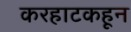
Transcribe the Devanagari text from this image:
करहाटकहून